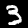
Digit: 3